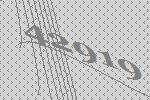
42919